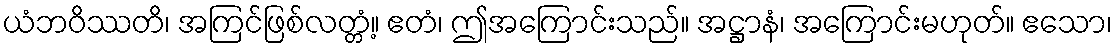
ယံဘဝိဿတိ၊ အကြင်ဖြစ်လတ္တံ့။ ဧတံ၊ ဤအကြောင်းသည်။ အဋ္ဌာနံ၊ အကြောင်းမဟုတ်။ ဧသော၊